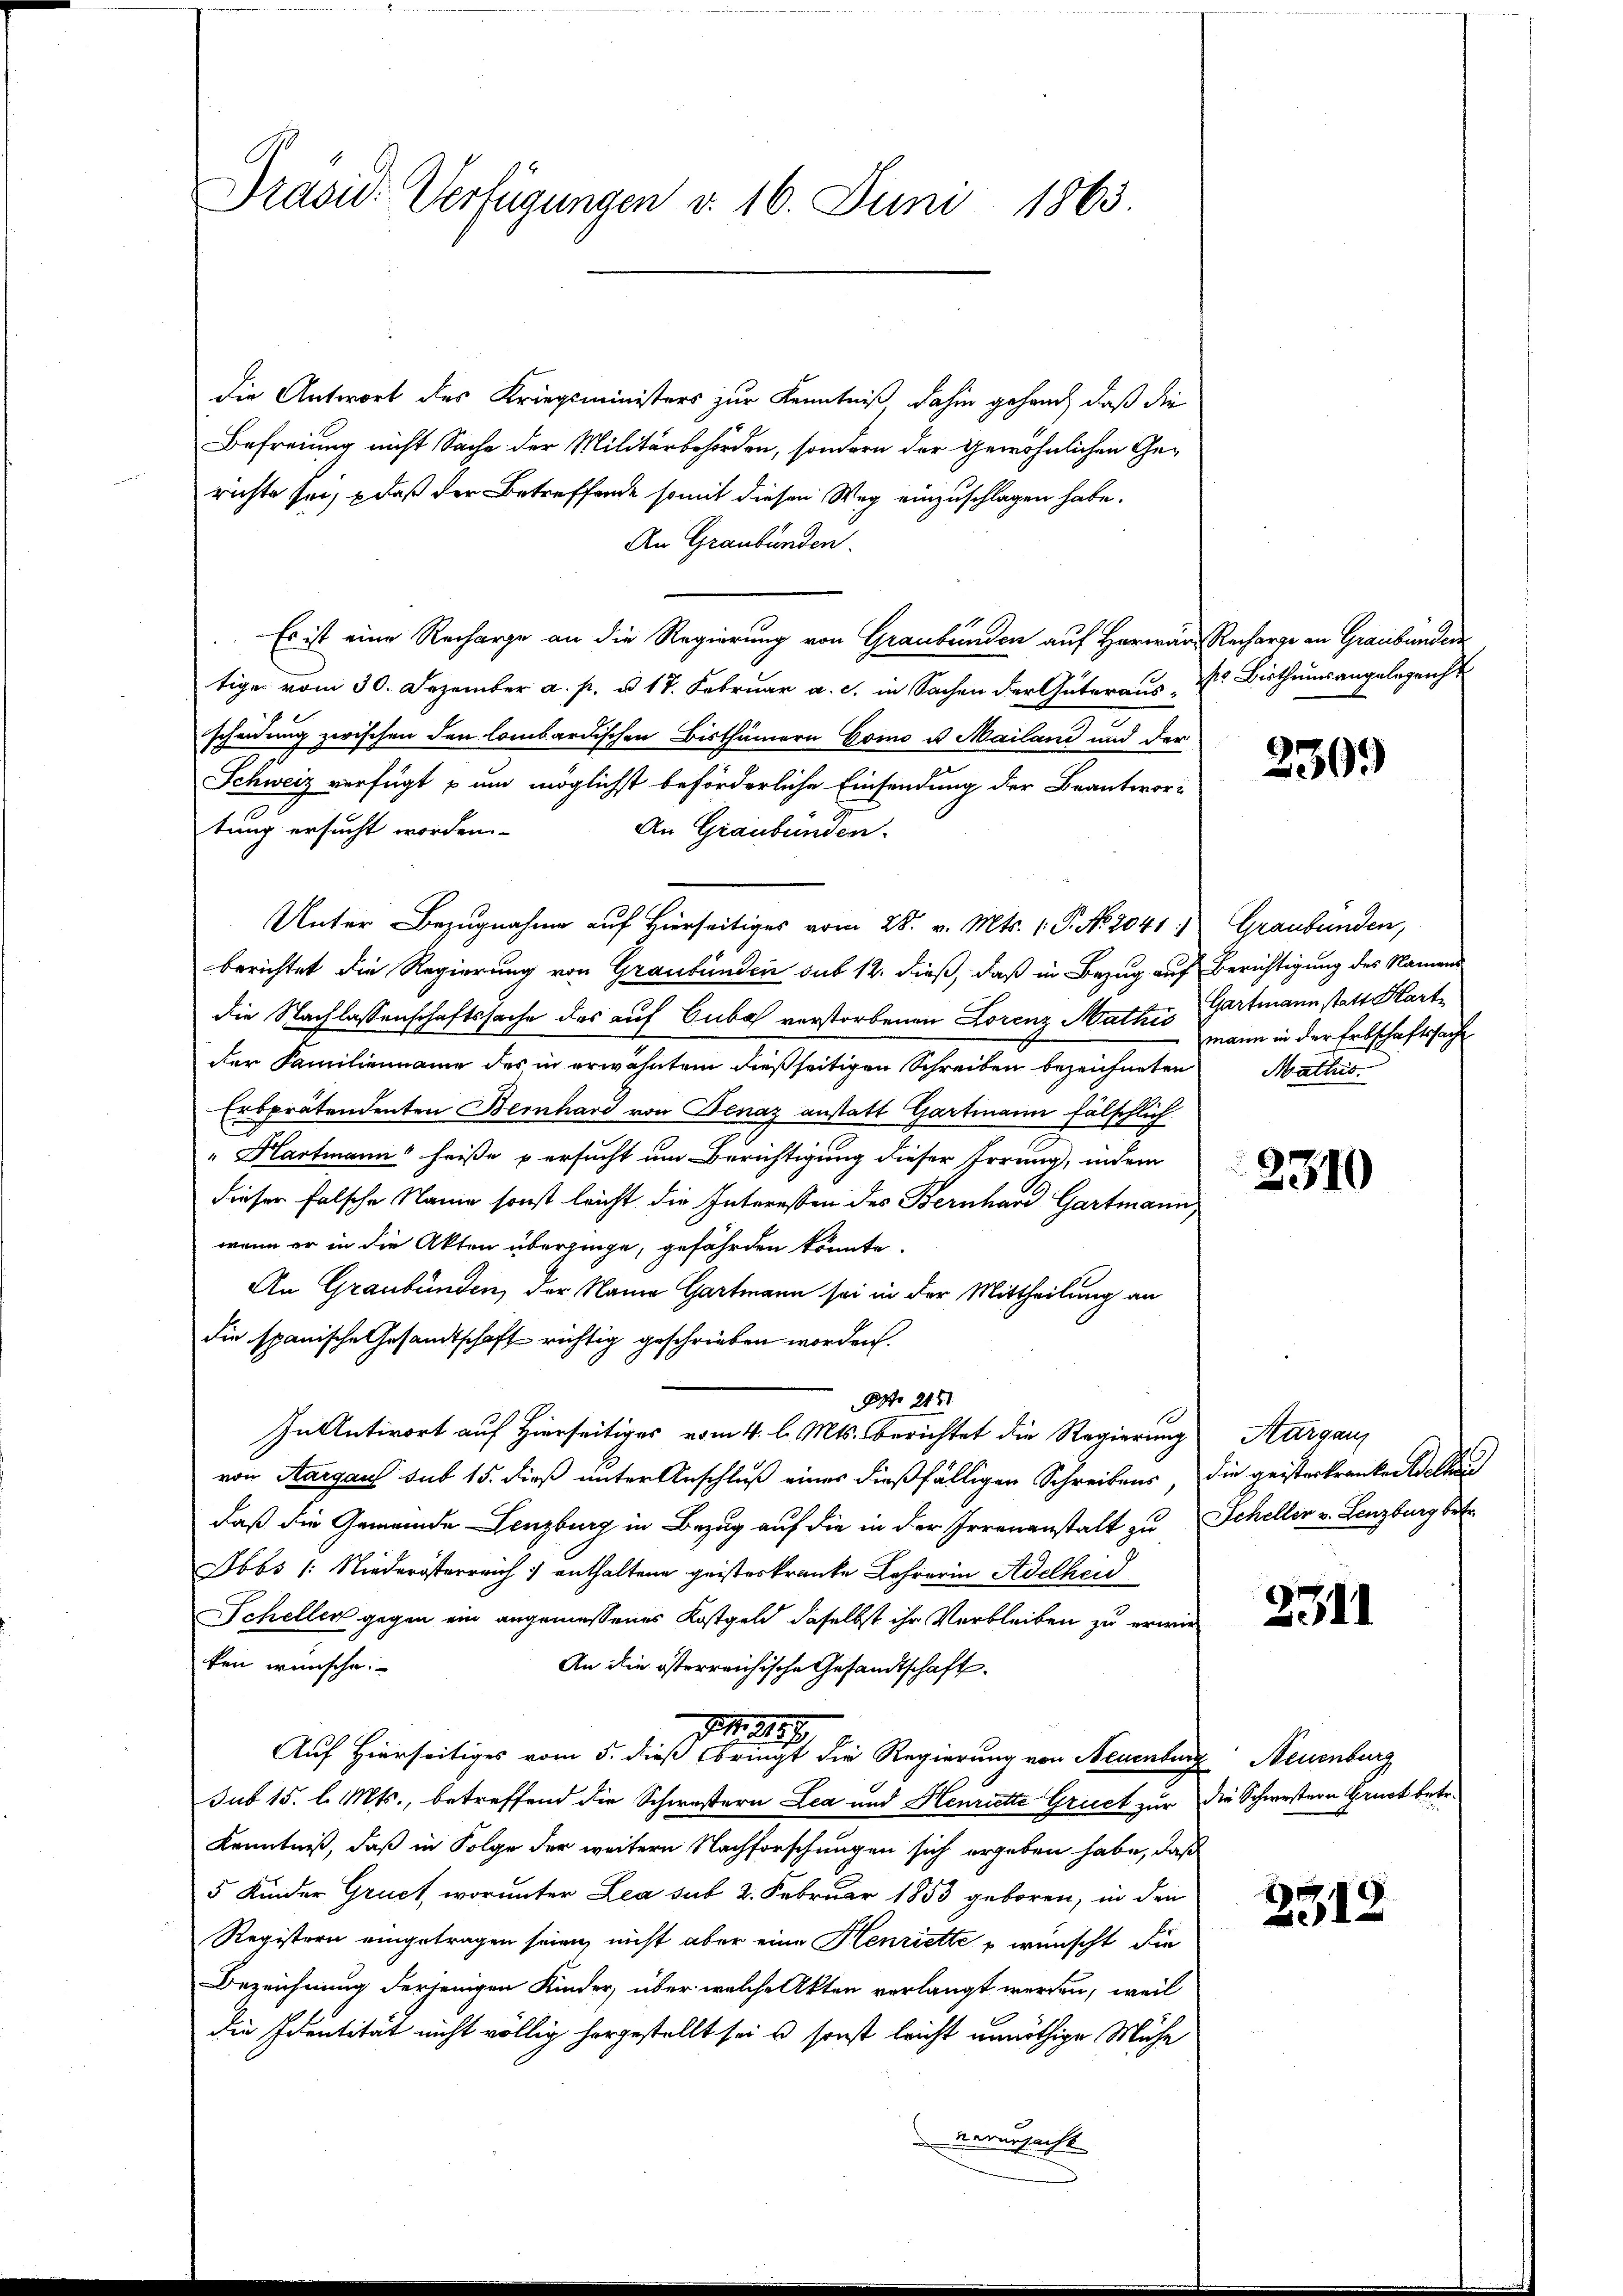
Präsid. Verfügungen d. 16. Juni 1863.

die Antwort des Kriegsministers zur Kenntniß dahin gehand, daß die
Befreiung nicht Sache der Militärbehörden, sondern der gewöhnlichen Gerichte sei, daß der Betreffende somit diesen Weg einzuschlagen habe.
An Graubünden.
Es ist eine Recharge an die Regierung von Graubünden auf Herwär Recharge an Graubünden
tigen vom 30. Dezember a. p. u 17. Februar a. c. in Sachen der Güteraus - Xr Bisthumsangelegenst
scheidung zwischen den lombardischen Bisthümern Gomo u. Mailand und der
Schweiz verfügt u um möglichst beförderliche Einsendung der Beantwor-
tung ersucht worden.
An Graubünden.
Unter Bezugnahme auf Hierseitiges vom 28. v. Mts. (T. N. 2041:
berichtet die Regierung von Graubünden sub 12. dieß, daß in Bezug auf Berichtigung des Namen
die Nachlassenschaftssache des auf Cubal verstorbenen Lorenz Mathes Gartmann statt Hartder Familienname des in erwähntem dießseitigen Schreiben bezeichneten Mathis
Erbprätendenten Bernhard von Benaz anstatt Gartmann fälschlich
" Hartmann“ heiße versucht um Berichtigung dieser Errung, indem
dieser falsche Name sonst leicht die Interessen des Bernhard Gartmann,
wenn er in die Akten überzinge, gefährden könnte.
An Graubünden, der Name Gartmann sei in der Mittheilung an
die spanische Gesandtschaft richtig geschrieben worden.
Nro 2151
In Antwort auf Hierseitiges vom 4. l. Mts. berichtet die Regierung
von Aargau sub 15. dieß unter Anschluß eines dießfälligen Schreibens, die geisterkranken Wellen
daß die Gemeinde Lenzburg in Bezug auf die in der Irrenanstalt zu Schellen v. Lenzburg betr.
Ibbs /: Niederösterreich enthaltene geisteskranke Lehrerin Adelheid
Scheller gegen ein angemessenes Kostgeld daselbst ihr Verbleiben zu erwir
ken wünsche.
An die österreichische Gesandtschaft.
N. 1187.
Auf Hierseitiges vom 5. dieß bringt die Regierung von Neuenburg Neuenburg
sub 15. l. Mts., betreffend die Schwestern Lea und Henriette Gruet zur die Schwestern Gruck betr.
Kenntniß, daß in Folge der weitern Nachforschungen sich ergeben habe, daß
5 Kinder Gruch, worunter Lea sub 2. Februar 1853 geboren, in den
Registern eingetragen seien, nicht aber eine Henriette, wünscht die
Bezeichnung derjenigen Kinder, über welche Akten verlangt werden, weil
die Identität nicht völlig hergestellt sei es sonst leicht unnöthige Mühe
verursacht

230.

Graubünden,
mann in der Erbschaftssache

2310

Aarganz

2311

2312